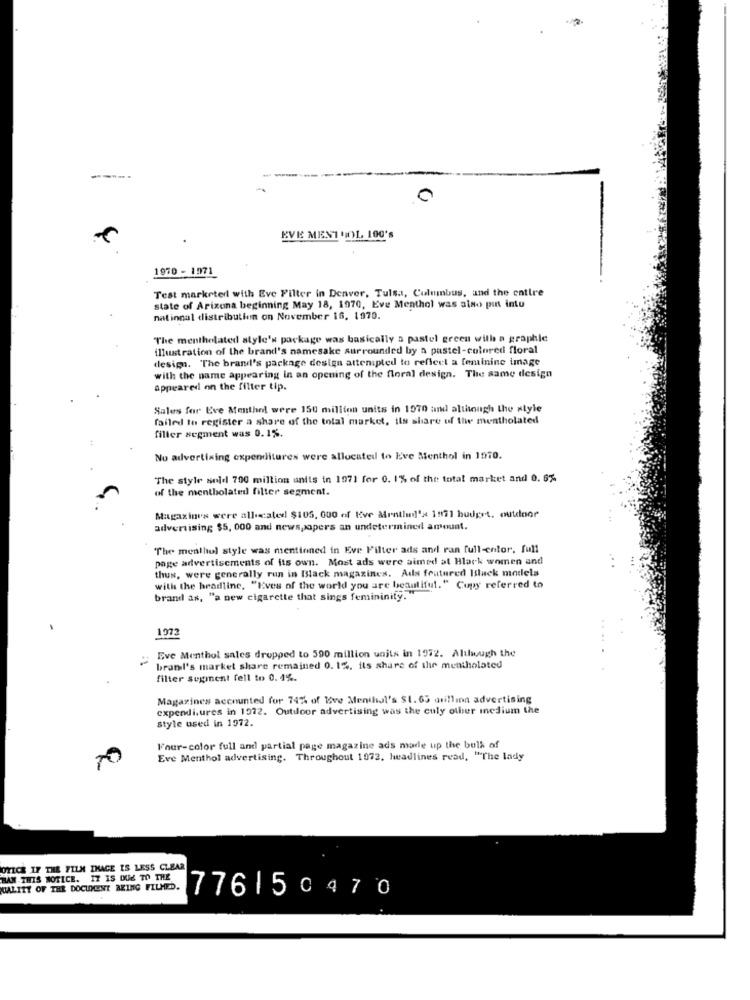
0
EVE MENT UBOL, 100'S
1970 - 1971
Test marketer with Eve Filter in Denver, Tulsa, Columbus, and the entire
state of Arizona beginning May 18, 1970, Eve Menthol was also pint intu
national distribution on November 16. 1970.
The mentholated style's package was basically a pastel green with a graphie
illustration of the brand's namesake surrounded by a pastel-colored floral
design. The brand's package design attenipled to reflect a feminine image
with the name appearing in an opening of the floral design. The same design
appeared on the filter tip.
Sales for Eve Menthol were 150 million units in 1970 and although the style
failed to register a share of the total market, ils share of the mentholated
filler segment was 0.1%.
No advertising expenditures were allocated to Eve Menthol in 1970.
The style sold 700 million units in 1971 for 0. 1% of the total market and 0. 6%
of the mentholated filter segment.
Magazines were allocated $105, 000 of Kive Mentlin]'x 1971 budget, outdoor
advertising $5, 000 and newspapers an undetermined amount.
"The menthol style was mentioned in Eve Filter ads and ran full-color. full
page advertisements of its own. Most ads were aimed at Black women and
thus, were generally run in Black magazines. Ads featured Isluck models
with the headline, "Eves of the world you are beautiful." Copy referred to
brand as, "a new cigarette that sings femininity."
197
Eve Menthol sales dropped to 590 million units in 1972. Although the
brand's market share remained 0. 1%. its share of the mentholated
filter segment fell to 0. 1%.
Magarines accounted for 74% of love Menthol's $1. 65 million advertising
expenditures in 1972. Outdoor advertising was the culy other incdium the
style used in 1972.
Four-color full and partial page magazine ads made up the bulk of
Eve Menthol advertising. Throughout 1972, headlines read, "The lady
NOTICE IF THE FILM IMAGE IS LESS CLEAR
MAN THIS NOTICE. IT IS DUE TO THE
HOALITY OF THE DOCUMENT BEING FILMED.
776150470